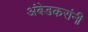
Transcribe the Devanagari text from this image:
अंबेडकरांनी